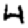
Digit: 4